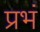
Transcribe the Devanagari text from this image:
प्रभं